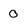
Character: 0